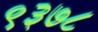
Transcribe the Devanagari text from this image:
९३७८